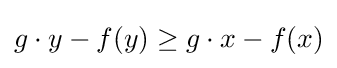
g\cdot y-f(y)\geq g\cdot x-f(x)